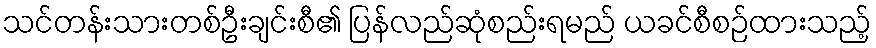
သင်တန်းသားတစ်ဦးချင်းစီ၏ ပြန်လည်ဆုံစည်းရမည် ယခင်စီစဉ်ထားသည့်